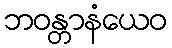
ဘဝန္တာနံယေဝ